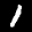
Label: 1